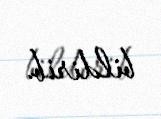
bildirib.